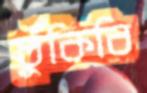
ধুঁকিবি